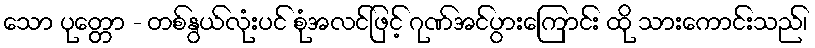
သော ပုတ္တော - တစ်နွယ်လုံးပင် စုံအလင်ဖြင့် ဂုဏ်အင်ပွားကြောင်း ထို သားကောင်းသည်၊